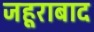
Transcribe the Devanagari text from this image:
जहूराबाद